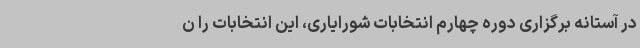
در آستانه برگزاری دوره چهارم انتخابات شورایاری، این انتخابات را ن